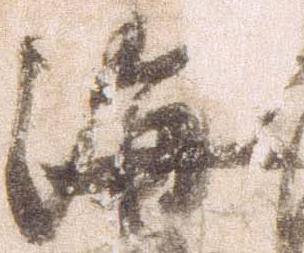
海